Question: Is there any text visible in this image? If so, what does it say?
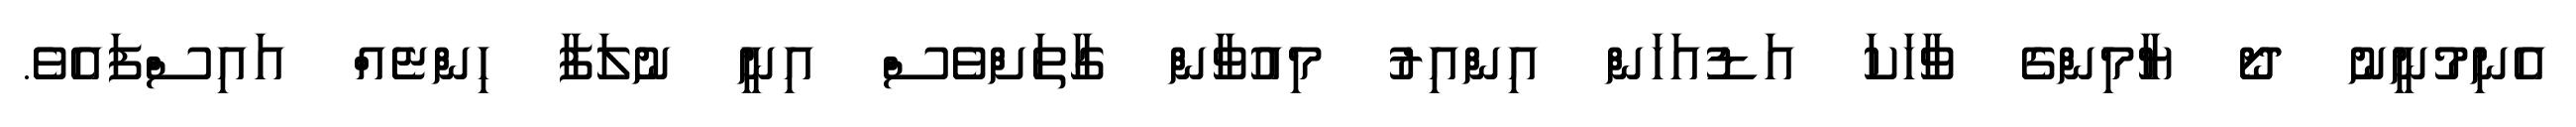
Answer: އެނިމުނީނު ދޯ ޔާމިންގެ ވާހަކަ އަޑުއަހަން އިންއިރު މިއުވާން ގާތަށްވެސް އިނީ ނުލަފާ ހިންޏެއް އައިސްފައެވެ.